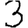
Digit: 3